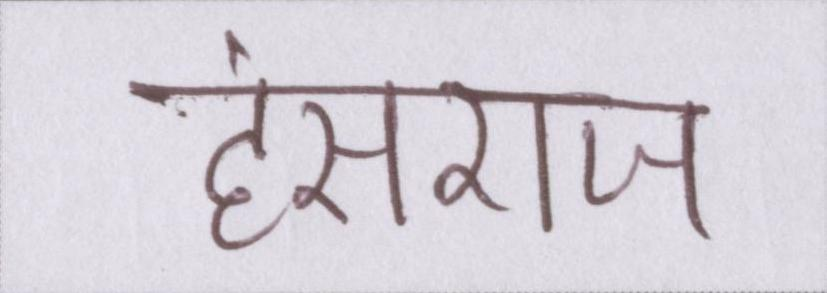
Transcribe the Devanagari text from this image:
हंसराज